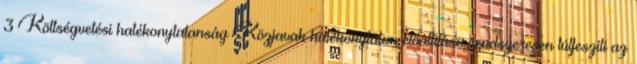
3 Költségvetési hatékonytalanság Közjavak hatékonytalan előállitása rendszeresen túlfesziti az